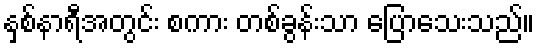
နှစ်နာရီအတွင်း စကား တစ်ခွန်းသာ ပြောသေးသည်။